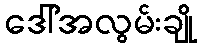
ဒေါ်အလွမ်းချို